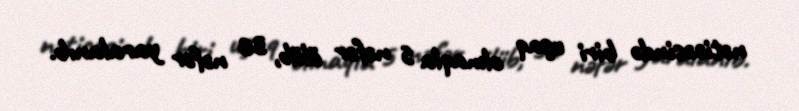
nəticəsində biri uşaq olmaqla 5 nəfər ölüb, 36 nəfər yaralanıb.